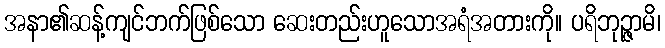
အနာ၏ဆန့်ကျင်ဘက်ဖြစ်သော ဆေးတည်းဟူသောအရံအတားကို။ ပရိဘုဉ္ဇာမိ၊